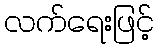
လက်ရေးဖြင့်